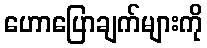
ဟောပြောချက်များကို